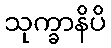
သုက္ခာနိပိ